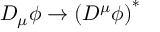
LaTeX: D _ { \mu } \phi \to \left( D ^ { \mu } \phi \right) ^ { * }